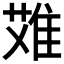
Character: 𨿆